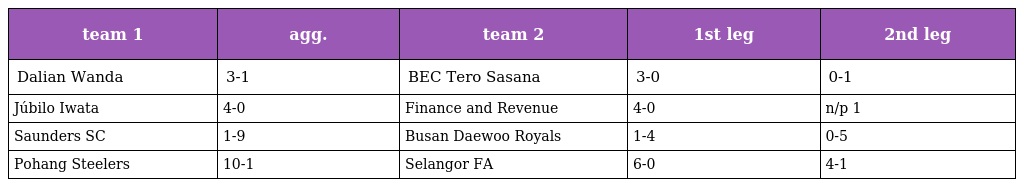
| team 1 | agg. | team 2 | 1st leg | 2nd leg |
 | --- | --- | --- | --- | --- |
 | Dalian Wanda | 3-1 | BEC Tero Sasana | 3-0 | 0-1 |
 | Júbilo Iwata | 4-0 | Finance and Revenue | 4-0 | n/p 1 |
 | Saunders SC | 1-9 | Busan Daewoo Royals | 1-4 | 0-5 |
 | Pohang Steelers | 10-1 | Selangor FA | 6-0 | 4-1 |